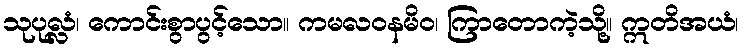
သုပုလ္လံ၊ ကောင်းစွာပွင့်သော။ ကမလဝနမိဝ၊ ကြာတောကဲ့သို့။ ဣတိအယံ၊